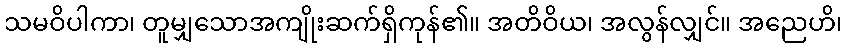
သမဝိပါကာ၊ တူမျှသောအကျိုးဆက်ရှိကုန်၏။ အတိဝိယ၊ အလွန်လျှင်။ အညေဟိ၊